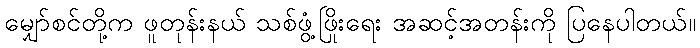
မျှော်စင်တို့က ဖူတုန်းနယ် သစ်ဖွံ့ဖြိုးရေး အဆင့်အတန်းကို ပြနေပါတယ်။